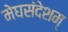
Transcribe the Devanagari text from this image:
मेघसंदेशम्